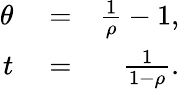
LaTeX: \begin{array}{rlr}{\theta}&{{}=}&{\frac{1}{\rho}-1,}\\ {t}&{{}=}&{\frac{1}{1-\rho}.}\end{array}